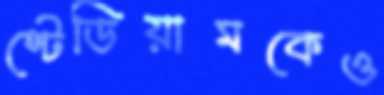
স্টেডিয়ামকেও